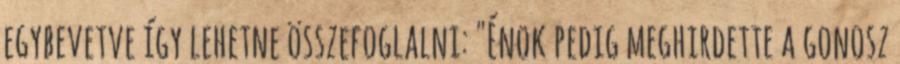
egybevetve így lehetne összefoglalni: "Énok pedig meghirdette a gonosz